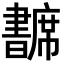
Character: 𢅺